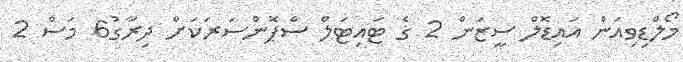
މޯލްޑިވިއަން އައިޑޮލް ސީޒަން 2 ގެ ޓައިޓަލް ސްޕޮންސަރަކަށް ދިރާގު6 މަސް 2